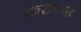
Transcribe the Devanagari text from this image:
आइडेन्टिफाइड